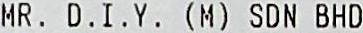
MR. D.I.Y. (M) SDN BHD